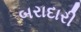
બરાદારી